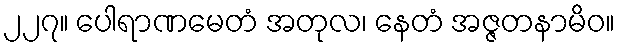
၂၂၇။ ပေါရာဏမေတံ အတုလ၊ နေတံ အဇ္ဇတနာမိဝ။